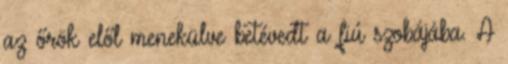
az őrök elől menekülve betévedt a fiú szobájába. A